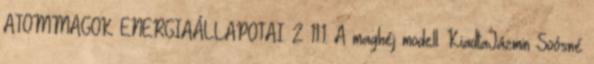
ATOMMAGOK ENERGIAÁLLAPOTAI. 2 11.1. A maghéj modell. KiadtaJázmin Soósné